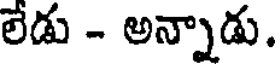
లేడు - అన్నాడు.